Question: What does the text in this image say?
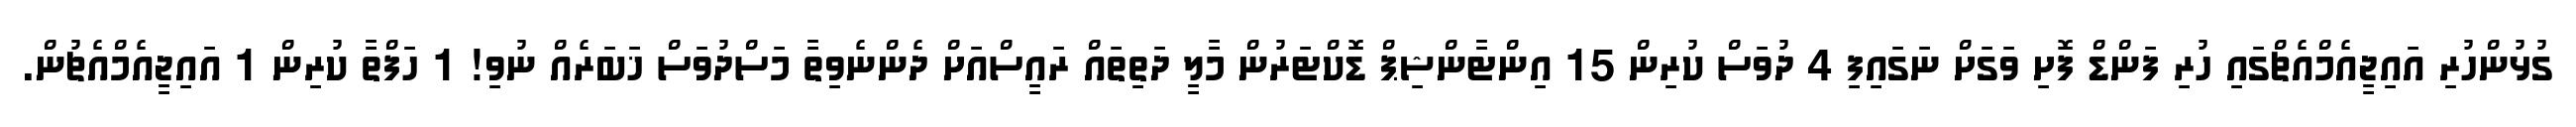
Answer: ގުޅުންހުރި އައިޖީއެމްއެޗްގައި ހުރި ފަންޑް ފޮށި ވަގަށް ނަގައިފި 4 ދުވަސް ކުރިން 15 އިންޓާންޝިޕް ޑޮކްޓަރުން މާލީ ދަތިތައް ރައީސްއަށް ދެންނެވިތާ މަސްދުވަސް ޚަބަރެއް ނުވި! 1 ހަފްތާ ކުރިން 1 އައިޖީއެމްއެޗުން.